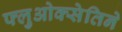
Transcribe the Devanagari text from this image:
फ्लुओक्सेतिने